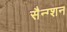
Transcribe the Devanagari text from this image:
सैन्ग्शन